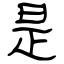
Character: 是